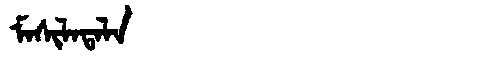
Manchu: ᠮᠠᠰᡳᠯᠠᡨᠠᠯᠠ
Romanization: MASILATALA